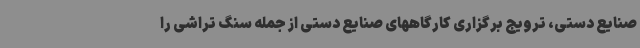
صنایع دستی، ترویج برگزاری کارگاههای صنایع دستی از جمله سنگ تراشی را